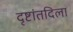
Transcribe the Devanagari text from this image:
दृष्टांतदिला